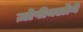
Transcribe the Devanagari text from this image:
ज़ोपीक्लोने